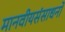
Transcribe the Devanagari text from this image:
मानवीयसंसाधनों